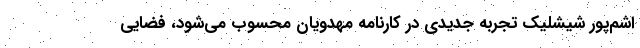
اشم‌پور شیشلیک تجربه جدیدی در کارنامه مهدویان محسوب می‌شود، فضایی